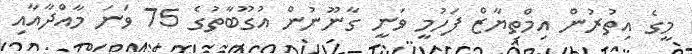
މީގެ އިތުރުން އިމްތިޔާޒް ފަހުމީ ވަނީ ގާނޫނުން އުގޫބާތުގެ 75 ވަނަ މާއްދާއާއި